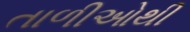
તાળીઓથી